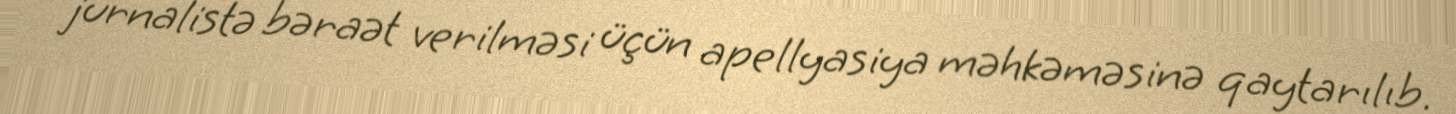
jurnalistə bəraət verilməsi üçün apellyasiya məhkəməsinə qaytarılıb.